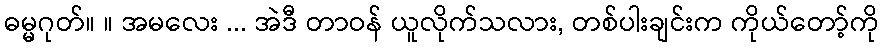
ဓမ္မဂုတ်။ ။ အမလေး ... အဲဒီ တာဝန် ယူလိုက်သလား, တစ်ပါးချင်းက ကိုယ်တော့်ကို